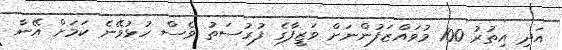
އަދި އިތުރު 100 މުވައްޒަފުންނަށް ވަޒީފާގެ ފުރުސަތު ވެސް ހުޅުވޭނެ ކަމަށް އޭނާ